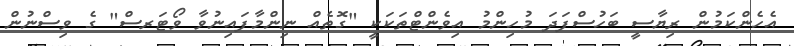
އެހެންކަމުން ރިޔާސީ ބަހުސްފަދަ މުހިންމު އިވެންޓްތަކަކީ "ގޮތެއް ނިންމާފައިނުވާ ވޯޓަރސް" ގެ ވިސްނުން